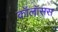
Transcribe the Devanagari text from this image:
कॉलॉसस